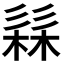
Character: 𭛗